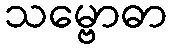
သမ္ဗောဓာ